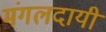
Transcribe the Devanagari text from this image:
मंगलदायी